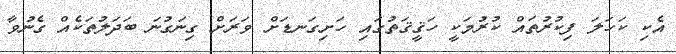
އެކި ކަހަލަ ފިކުރުތައް ކުރުމަކީ ހަޤީޤަތުގައި ހަށިގަނޑަށް ވަރަށް ގިނަގުނަ ބަދަލުތަކެއް ގެނުވާ